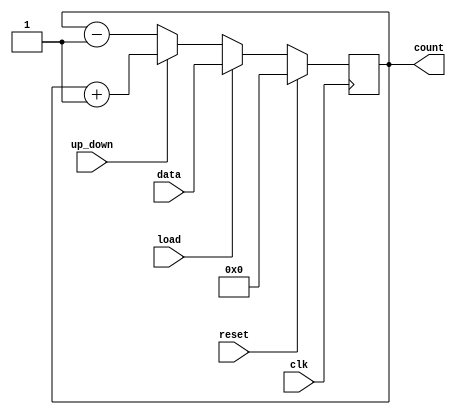
module up_down_des(clk,reset,up_down,load,data,count);
  input clk,reset,load,up_down;
  input [3:0] data;
  output reg [3:0] count;
  always@(posedge clk) 
  begin
    if(reset)    
      count <= 0;
    else if(load)    
      count <= data;
    else if(up_down)      
      count <= count + 1;
    else            
      count <= count - 1;
  end
endmodule